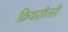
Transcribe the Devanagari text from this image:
क्रियाशीलही